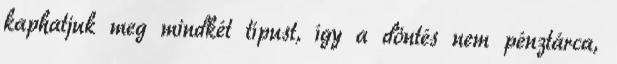
kaphatjuk meg mindkét típust, így a döntés nem pénztárca,